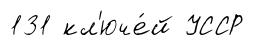
131 кл'юче́й УССР